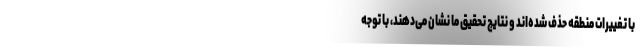
با تغییرات منطقه حذف شده‌اند و نتایج تحقیق ما نشان می‌دهند، با توجه